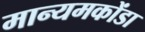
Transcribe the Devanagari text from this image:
मान्यमकोंडा